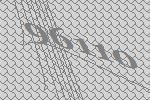
96110